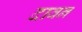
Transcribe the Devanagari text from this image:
दावन